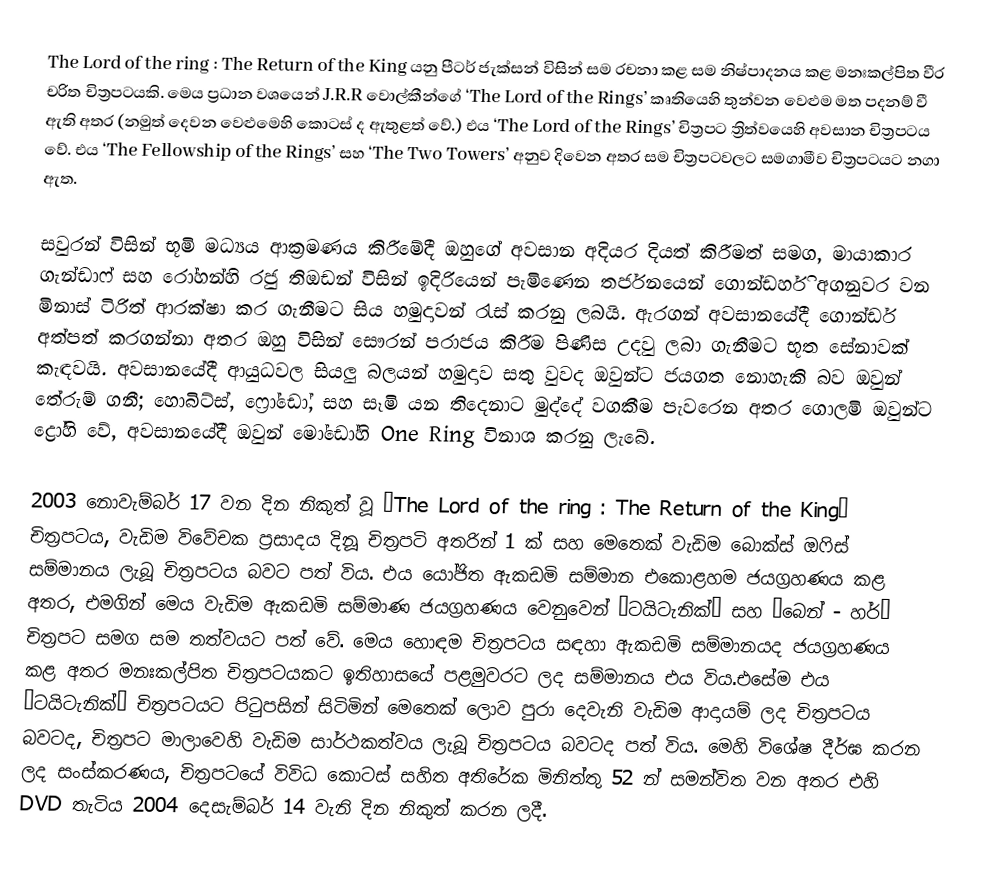
The Lord of the ring : The Return of the King යනු පීටර් ජැක්සන් විසින් සම රචනා කළ සම නිෂ්පාදනය කළ මනඃකල්පිත වීර චරිත චිත්‍රපටයකි. මෙය ප්‍රධාන වශයෙන් J.R.R වොල්‍කීන්ගේ ‘The Lord of the Rings’ කෘතියෙහි තුන්වන වෙළුම මත පදනම් වී ඇති අතර (නමුත් දෙවන වෙළුමෙහි කොටස් ද ඇතුළත් වේ.) එය ‘The Lord of the Rings’ චිත්‍රපට ත්‍රිත්වයෙහි අවසාන චිත්‍රපටය වේ. එය ‘The Fellowship of the Rings’ සහ ‘The Two Towers’ අනුව දිවෙන අතර සම චිත්‍රපටවලට සමගාමීව චිත්‍රපටයට නගා ඇත.

සවුරන් විසින් භූමි මධ්‍යය ආක්‍රමණය කිරීමේදී ඔහුගේ අවසාන අදියර දියත් කිරීමත් සමග, මායාකාර ගැන්ඩාෆ් සහ රෝහන්හි රජු තිඔඩන් විසින් ඉදිරියෙන් පැමිණෙන තර්ජනයෙන් ගොන්ඩර්හි අගනුවර වන මිනාස් ටිරිත් ආරක්ෂා කර ගැනීමට සිය හමුදාවන් රැස් කරනු ලබයි. ඇරගන් අවසානයේදී ගොන්ඩර් අත්පත් කරගන්නා අතර ඔහු විසින් සෞරන් පරාජය කිරීම පිණිස උදවු ලබා ගැනීමට භූත සේනාවක් කැඳවයි. අවසානයේදී ආයුධවල සියලු බලයන් හමුදාව සතු වුවද ඔවුන්ට ජයගත නොහැකි බව ඔවුන් තේරුම් ගනී; හොබිට්ස්, ෆ්‍රෝඩෝ, සහ සෑමි යන තිදෙනාට මුද්දේ වගකීම පැවරෙන අතර ගොලමි ඔවුන්ට ද්‍රෝහි වේ, අවසානයේදී ඔවුන් මෝඩෝහි One Ring විනාශ කරනු ලැබේ.

2003 නොවැම්බර් 17 වන දින නිකුත් වූ ‘The Lord of the ring : The Return of the King’ චිත්‍රපටය, වැඩිම විවේචක ප්‍රසාදය දිනූ චිත්‍රපටි අතරින් 1 ක් සහ මෙතෙක් වැඩිම බොක්ස් ඔෆිස් සම්මානය ලැබූ චිත්‍රපටය බවට පත් විය. එය යෝජිත ඇකඩමි සම්මාන එකොළහම ජයග්‍රහණය කළ අතර, එමගින් මෙය වැඩිම ඇකඩමි සම්මාණ ජයග්‍රහණය වෙනුවෙන් ‘ටයිටැනික්’ සහ ‘බෙන් - හර්’ චිත්‍රපට සමග සම තත්වයට පත් වේ. මෙය හොඳම චිත්‍රපටය සඳහා ඇකඩමි සම්මානයද ජයග්‍රහණය කළ අතර මනඃකල්පිත චිත්‍රපටයකට ඉතිහාසයේ පළමුවරට ලද සම්මානය එය විය.එසේම එය ‘ටයිටැනික්’ චිත්‍රපටයට පිටුපසින් සිටිමින් මෙතෙක් ලොව පුරා දෙවැනි වැඩිම ආදායම් ලද චිත්‍රපටය බවටද, චිත්‍රපට මාලාවෙහි වැඩිම සාර්ථකත්වය ලැබූ චිත්‍රපටය බවටද පත් විය. මෙහි විශේෂ දීර්ඝ කරන ලද සංස්කරණය, චිත්‍රපටයේ විවිධ කොටස් සහිත අතිරේක මිනිත්තු 52 න් සමන්විත වන අතර එහි DVD තැටිය 2004 දෙසැම්බර් 14 වැනි දින නිකුත් කරන ලදී.